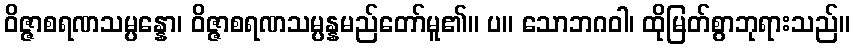
ဝိဇ္ဇာစရဏသမ္ပန္နော၊ ဝိဇ္ဇာစရဏသမ္ပန္နမည်တော်မူ၏။ ပ။ သောဘဂဝါ၊ ထိုမြတ်စွာဘုရားသည်။